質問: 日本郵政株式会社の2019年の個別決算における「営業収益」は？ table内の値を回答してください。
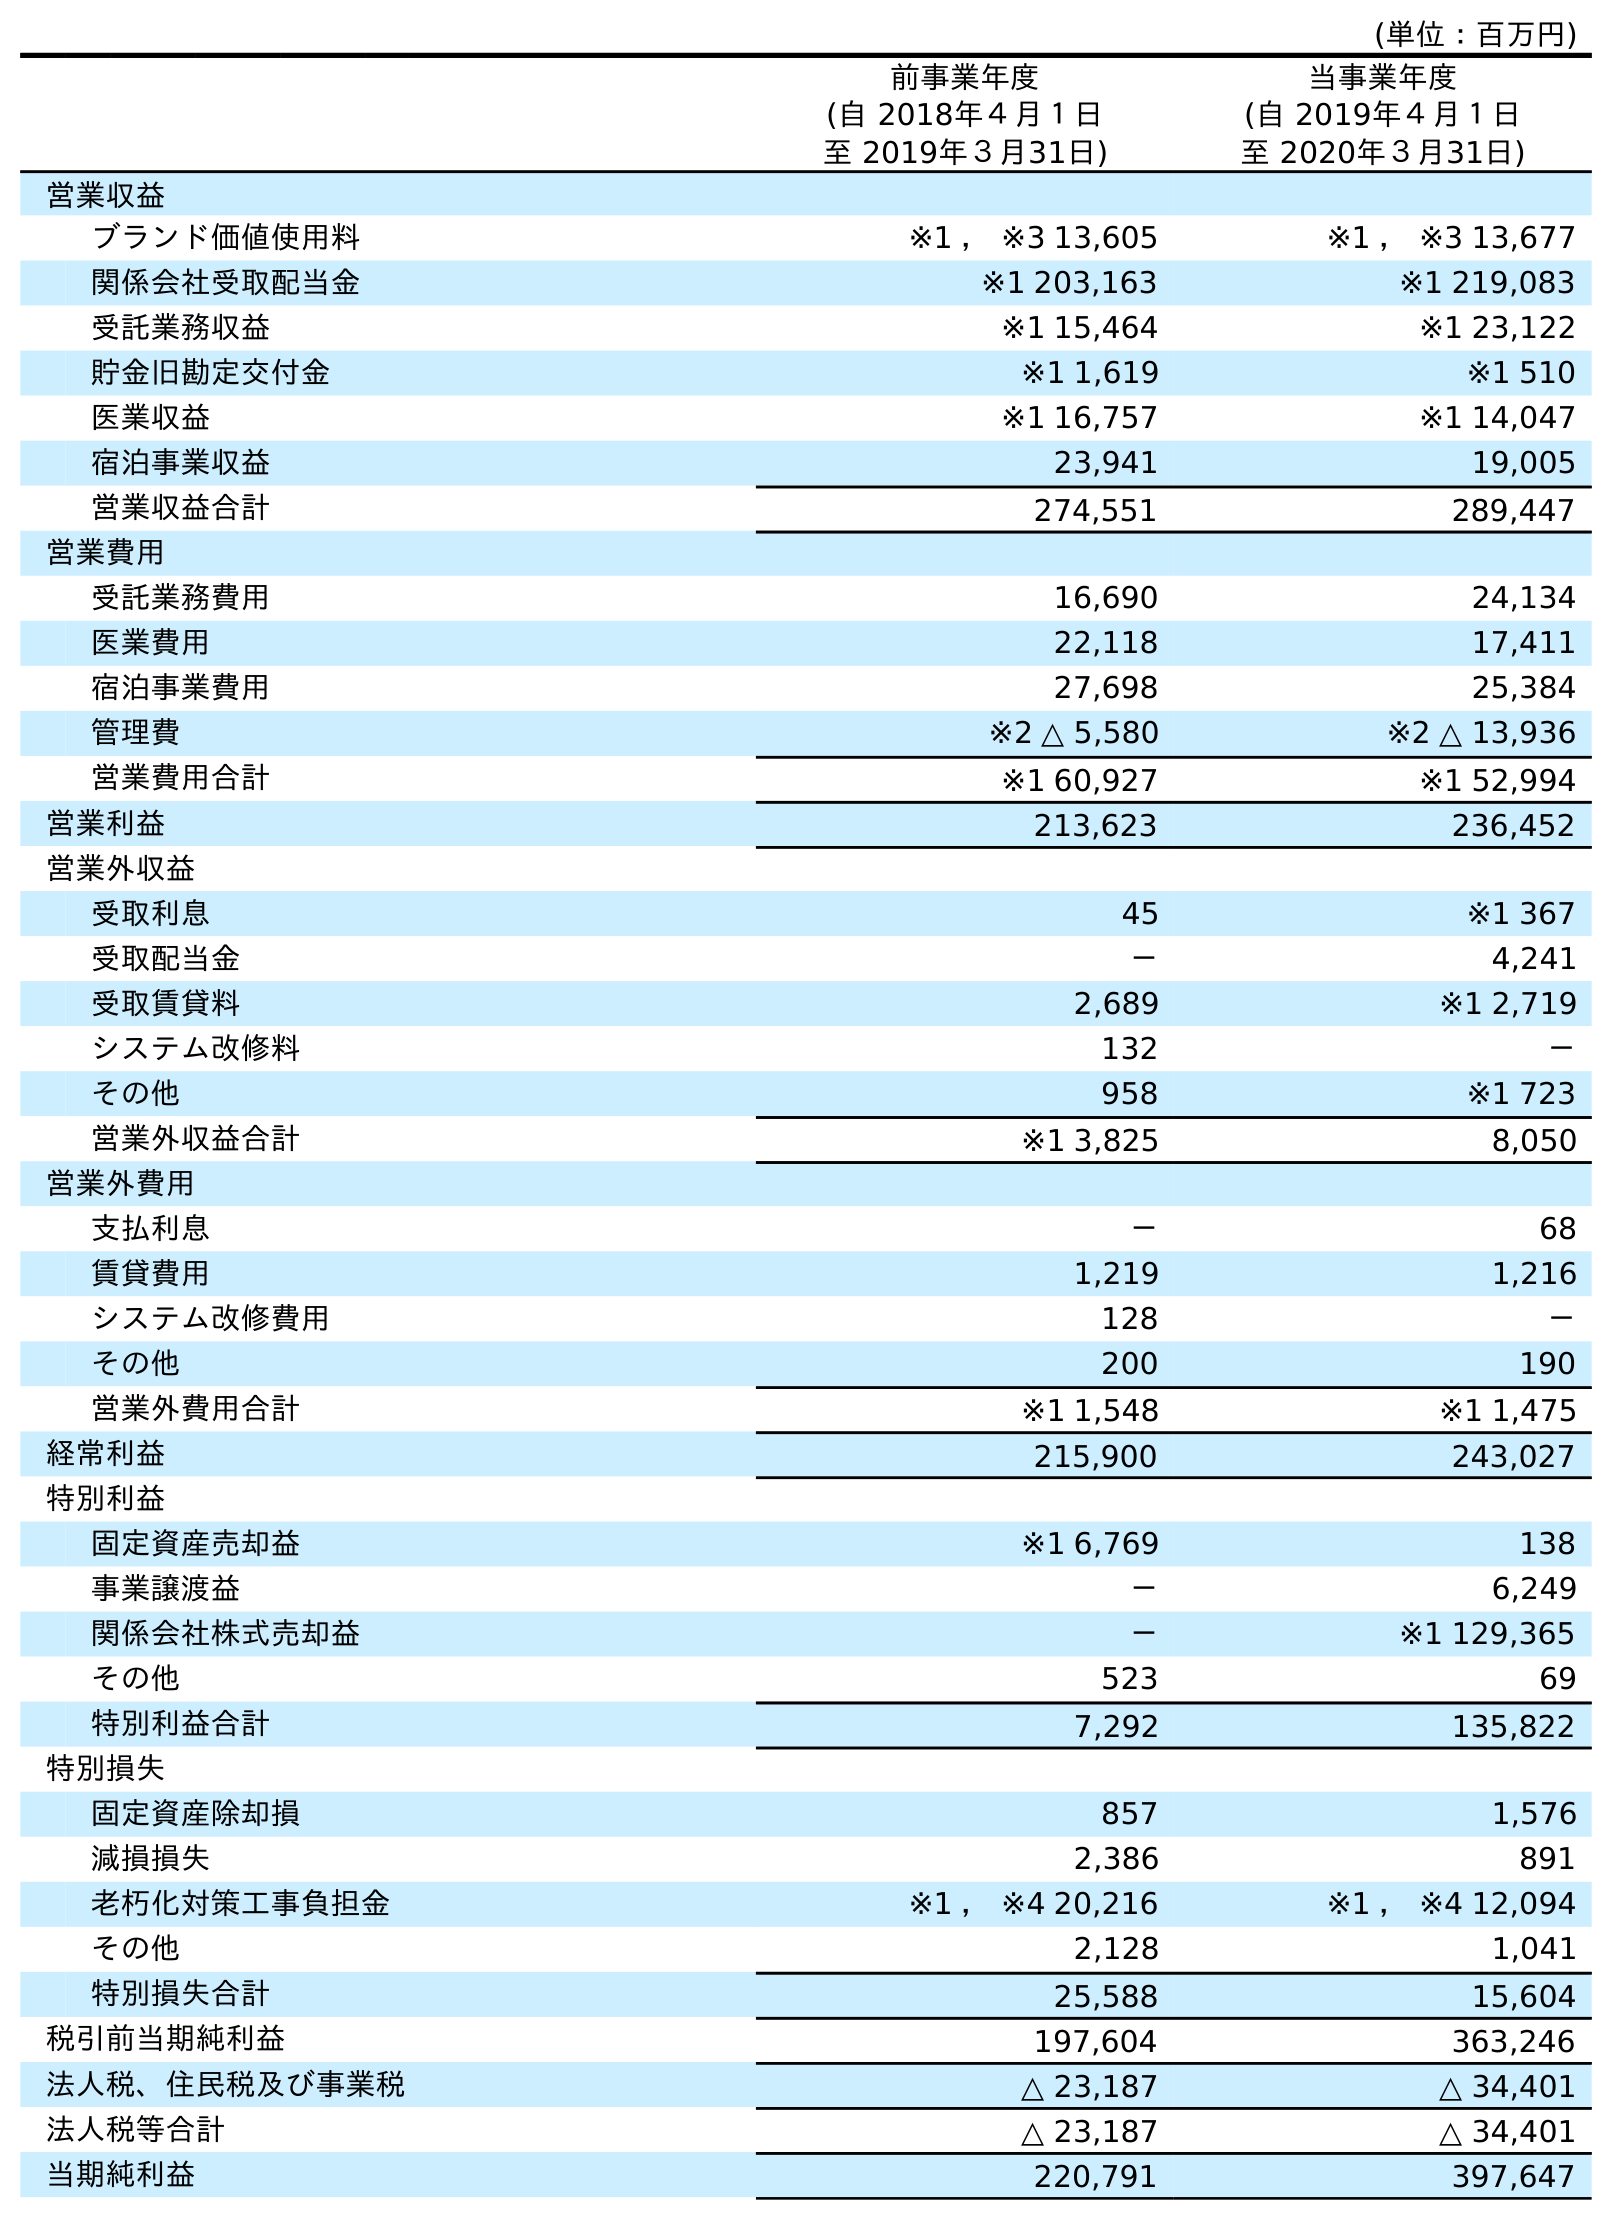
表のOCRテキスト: (単位：百万円) 前事業年度 (自 2018年４月１日 至 2019年３月31日) 当事業年度 (自 2019年４月１日 至 2020年３月31日) 営業収益 ブランド価値使用料 ※1 ， ※3 13,605 ※1 ， ※3 13,677 関係会社受取配当金 ※1 203,163 ※1 219,083 受託業務収益 ※1 15,464 ※1 23,122 貯金旧勘定交付金 ※1 1,619 ※1 510 医業収益 ※1 16,757 ※1 14,047 宿泊事業収益 23,941 19,005 営業収益合計 274,551 289,447 営業費用 受託業務費用 16,690 24,134 医業費用 22,118 17,411 宿泊事業費用 27,698 25,384 管理費 ※2 △ 5,580 ※2 △ 13,936 営業費用合計 ※1 60,927 ※1 52,994 営業利益 213,623 236,452 営業外収益 受取利息 45 ※1 367 受取配当金 － 4,241 受取賃貸料 2,689 ※1 2,719 システム改修料 132 － その他 958 ※1 723 営業外収益合計 ※1 3,825 8,050 営業外費用 支払利息 － 68 賃貸費用 1,219 1,216 システム改修費用 128 － その他 200 190 営業外費用合計 ※1 1,548 ※1 1,475 経常利益 215,900 243,027 特別利益 固定資産売却益 ※1 6,769 138 事業譲渡益 － 6,249 関係会社株式売却益 － ※1 129,365 その他 523 69 特別利益合計 7,292 135,822 特別損失 固定資産除却損 857 1,576 減損損失 2,386 891 老朽化対策工事負担金 ※1 ， ※4 20,216 ※1 ， ※4 12,094 その他 2,128 1,041 特別損失合計 25,588 15,604 税引前当期純利益 197,604 363,246 法人税、住民税及び事業税 △ 23,187 △ 34,401 法人税等合計 △ 23,187 △ 34,401 当期純利益 220,791 397,647
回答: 274,551